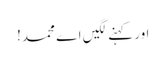
اور کہنے لگیں اے محمد!